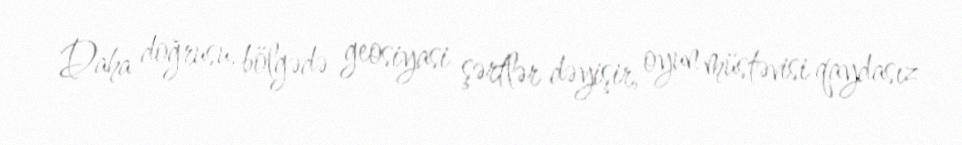
Daha doğrusu, bölgədə geosiyasi şərtlər dəyişir, oyun müstəvisi qaydasız